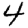
Digit: 4